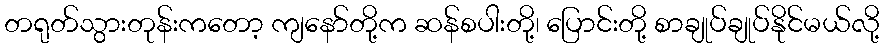
တရုတ်သွားတုန်းကတော့ ကျနော်တို့က ဆန်စပါးတို့၊ ပြောင်းတို့ စာချုပ်ချုပ်နိုင်မယ်လို့